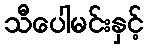
သီပေါမင်းနှင့်